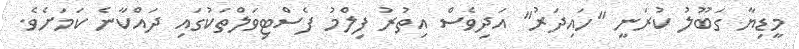
މީޑިޔާ ގަބޫލު ކުރަނީ ''ހައިދަރު'' އަދިވެސް އިތުރު ފިލްމު ފެސްޓިވަލްތަކުގައި ދައްކާނެ ކަމަށެވެ.